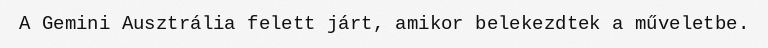
A Gemini Ausztrália felett járt, amikor belekezdtek a műveletbe.